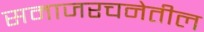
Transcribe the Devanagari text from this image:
समाजरचनेतील